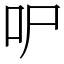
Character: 㕧